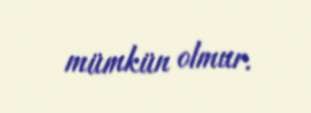
mümkün olmur.